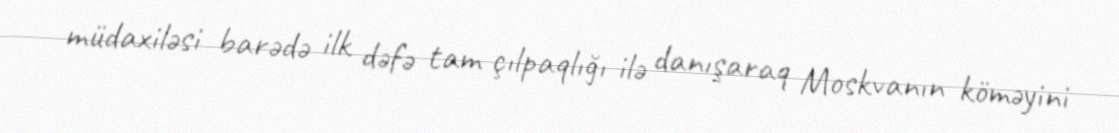
müdaxiləsi barədə ilk dəfə tam çılpaqlığı ilə danışaraq Moskvanın köməyini